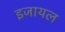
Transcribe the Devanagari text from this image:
इजायल